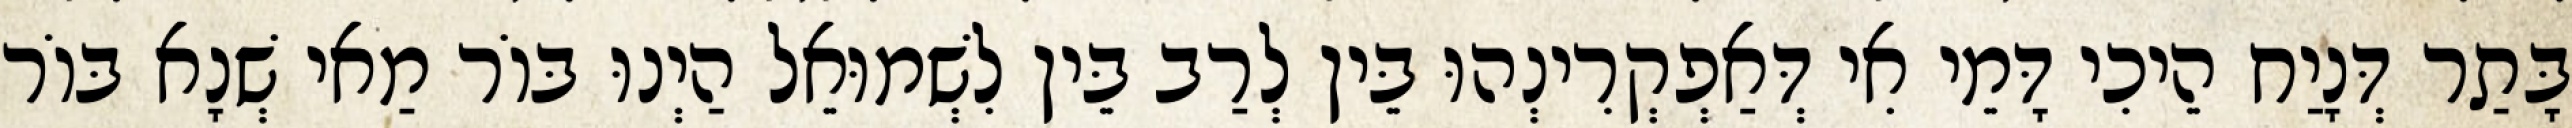
בָּתַר דְּנָיַח הֵיכִי דָּמֵי אִי דְּאַפְקְרִינְהוּ בֵּין לְרַב בֵּין לִשְׁמוּאֵל הַיְנוּ בּוֹר מַאי שְׁנָא בּוֹר